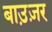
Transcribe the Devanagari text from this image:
बाउ़ज़र